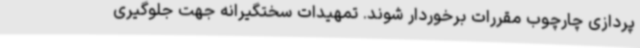
پردازی چارچوب مقررات برخوردار شوند. تمهیدات سختگیرانه جهت جلوگیری